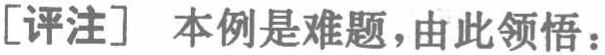
[评注] 本例是难题，由此领悟：